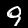
Label: 9